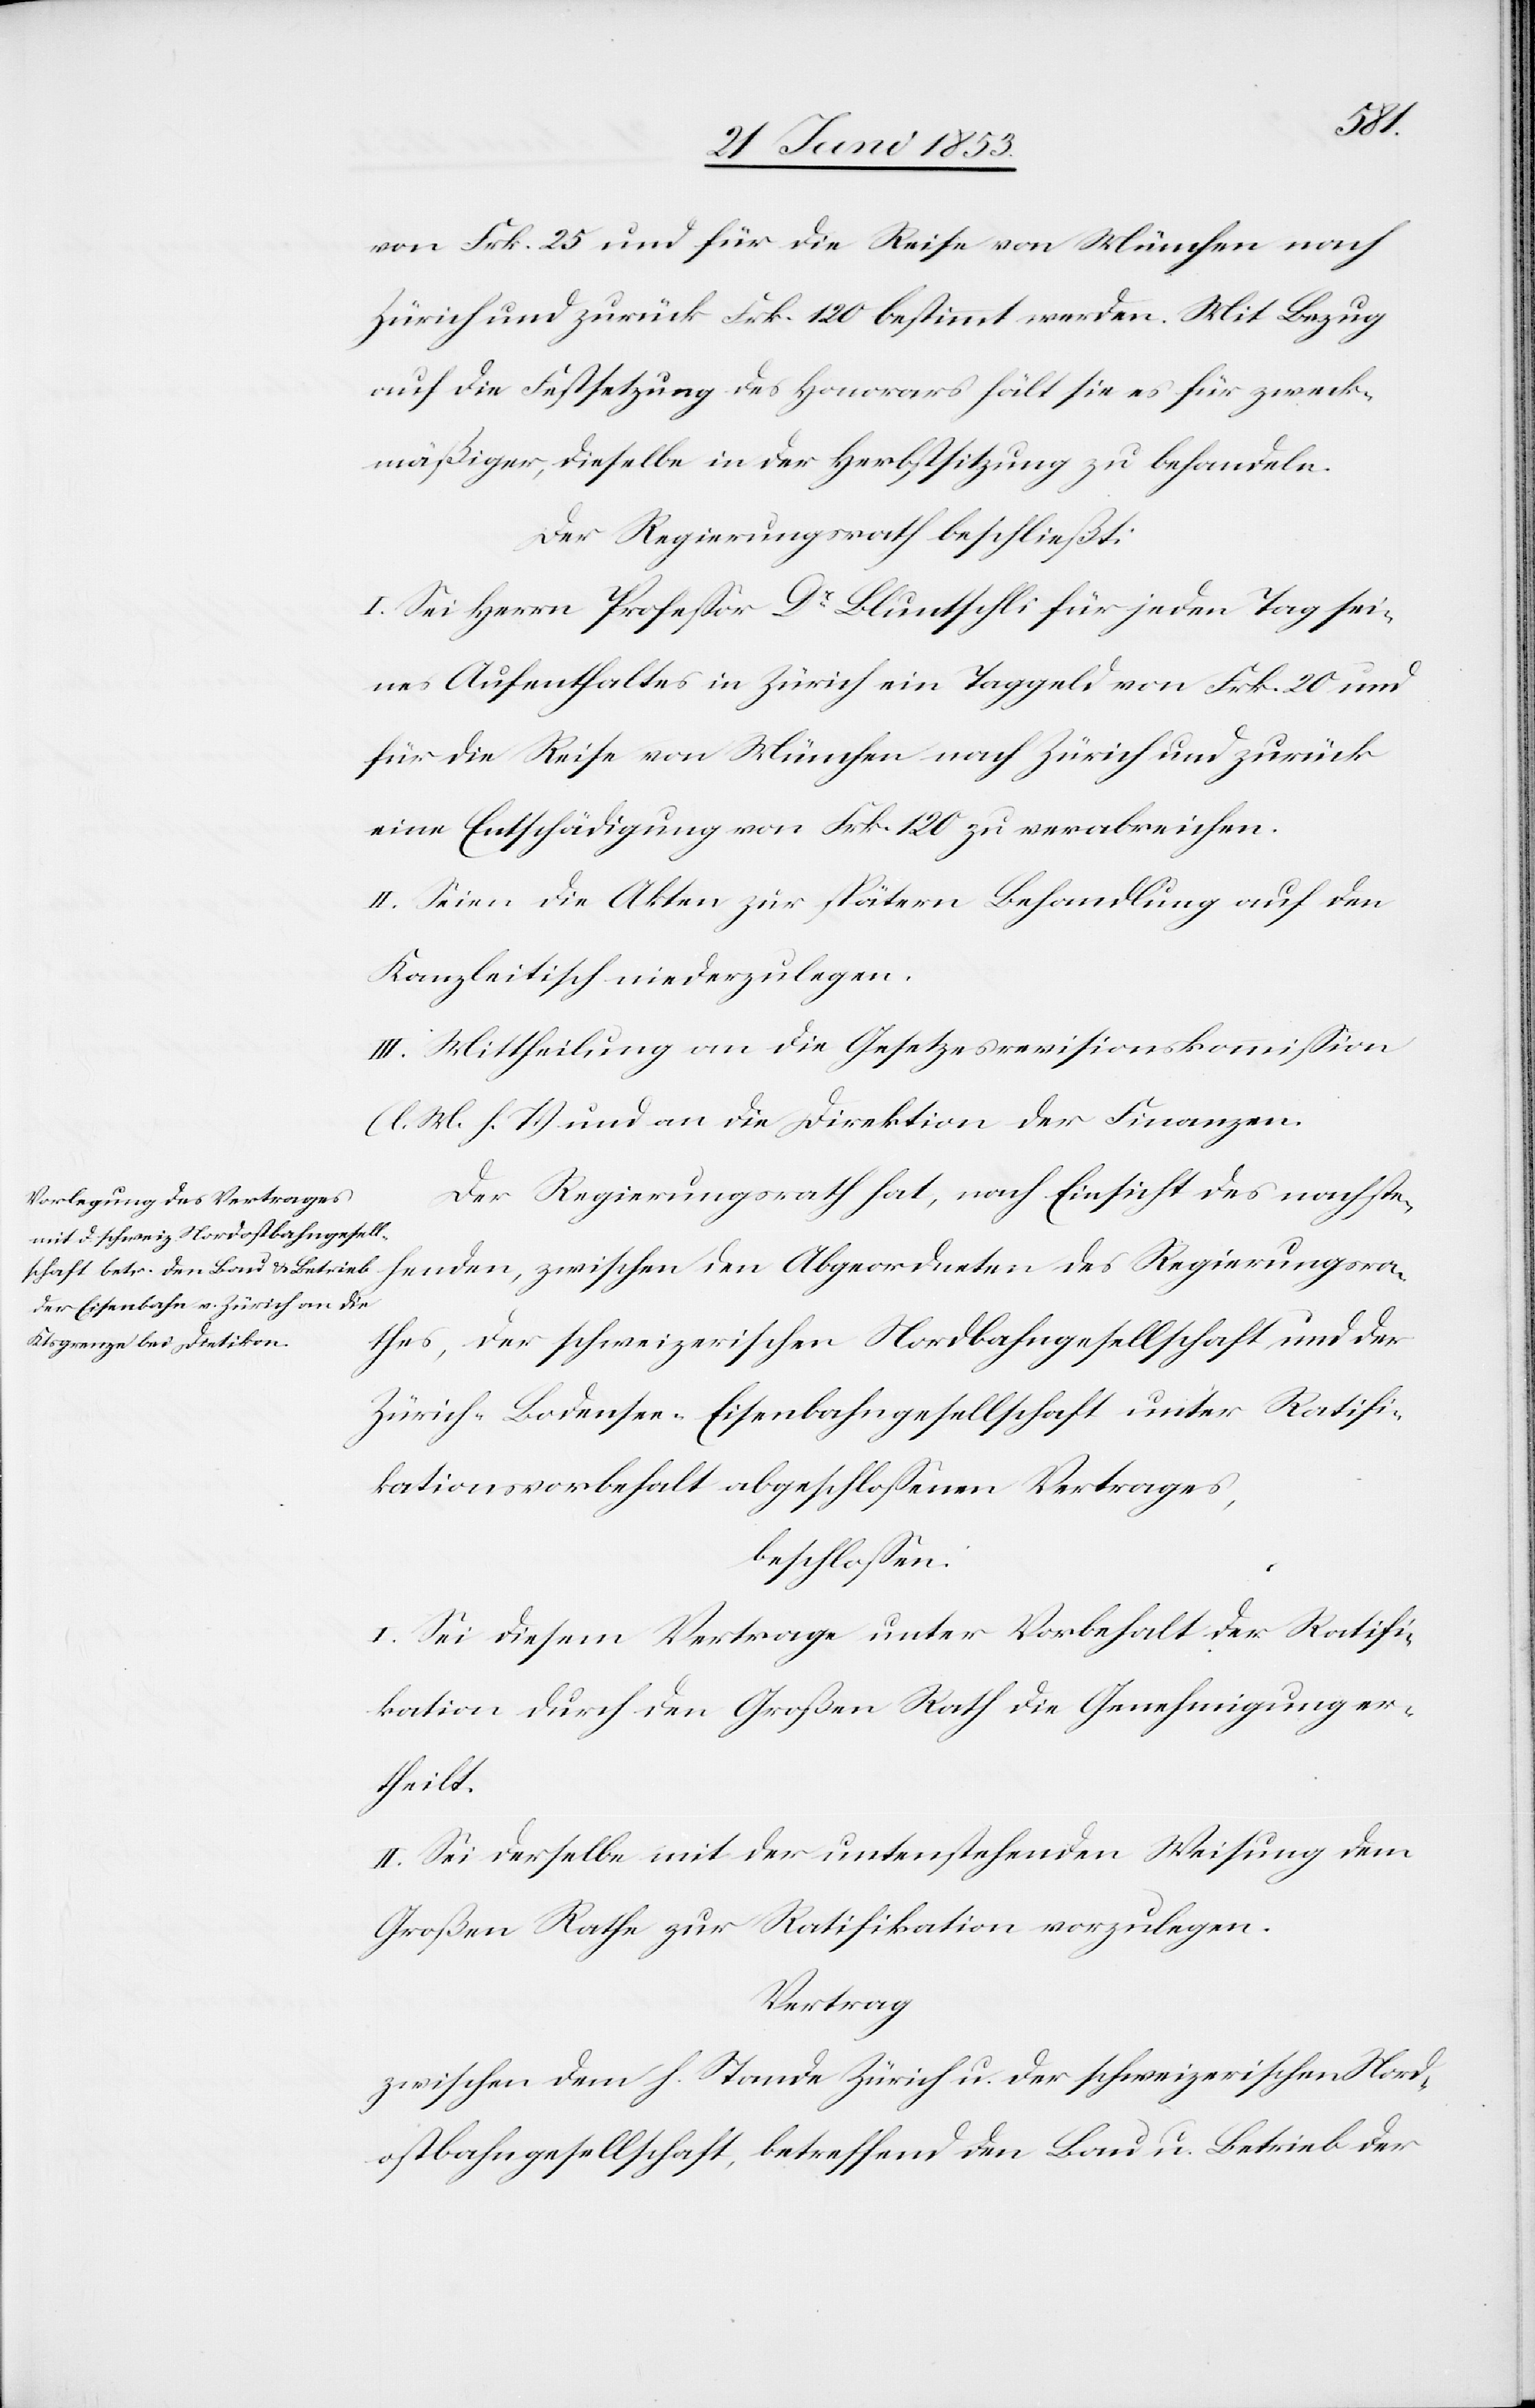
henden,
von Frk. 25 und für die Reise von München nach
Zürich und zurück Frk. 120 bestimmt werden. Mit Bezug
auf die Festsetzung des Honorars hält sie es für zweck¬
mäßiger, dieselbe in der Herbstsitzung zu behandeln.
Der Regierungsrath beschließt:
I. Sei Herrn Profeßor Dr. Bluntschli für jeden Tag sei¬
nes Aufenthaltes in Zürich ein Taggeld von Frk. 20 und
für die Reise von München nach Zürich und zurück
eine Entschädigung von Frk. 120 zu verabreichen.
II. Seien die Akten zur spätern Behandlung auf den
Kanzleitisch niederzulegen.
III. Mittheilung an die Gesetzesrevisionskommißion
[l. M. h. T] und an die Direktion der Finanzen.
Der Regierungsrath hat, nach Einsicht des nachste¬
der schweizerischen Nordbahngesellschaft und der
Zürich-Bodensee-Eisenbahngesellschaft unter Ratifi¬
kationsvorbehalt abgeschloßenen Vertrages,
beschloßen:
I. Sei diesem Vertrage unter Vorbehalt der Ratifi¬
kation durch den Großen Rath die Genehmigung er¬
theilt.
II. Sei derselbe mit der untenstehenden Weisung dem
Großen Rathe zur Ratifikation vorzulegen.
Vertrag
zwischen dem h. Stande Zürich u. der schweizerischen Nor¬
bahngesellschaft, betreffend den Bau u. Betrieb der